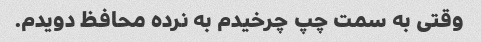
وقتی به سمت چپ چرخیدم به نرده محافظ دویدم.